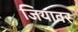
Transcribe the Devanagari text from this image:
जियावर